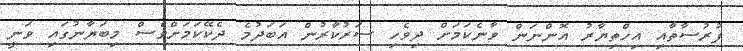
ފުރުސާތާއި އިހްތިޔާރު އޮންނަން ވާނެކަމަށް ދިވެހި ސަރުކާރުން އަބަދުމެ ދެކޭކަމަށްވެސް މިބަޔާނުގައި ވަނީ